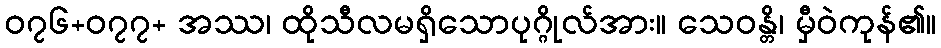
၀၇၆+၀၇၇+ အဿ၊ ထိုသီလမရှိသောပုဂ္ဂိုလ်အား။ သေဝန္တိ၊ မှီဝဲကုန်၏။